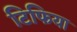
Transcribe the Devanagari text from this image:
टिफिया